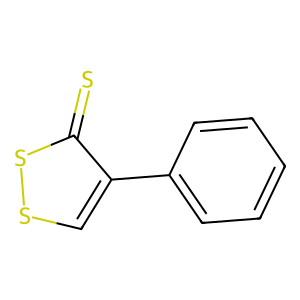
SMILES: S=c1sscc1-c1ccccc1
Inhibits HIV replication: No